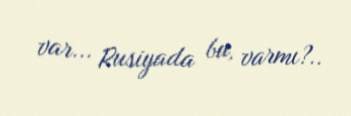
var... Rusiyada bu, varmı?..